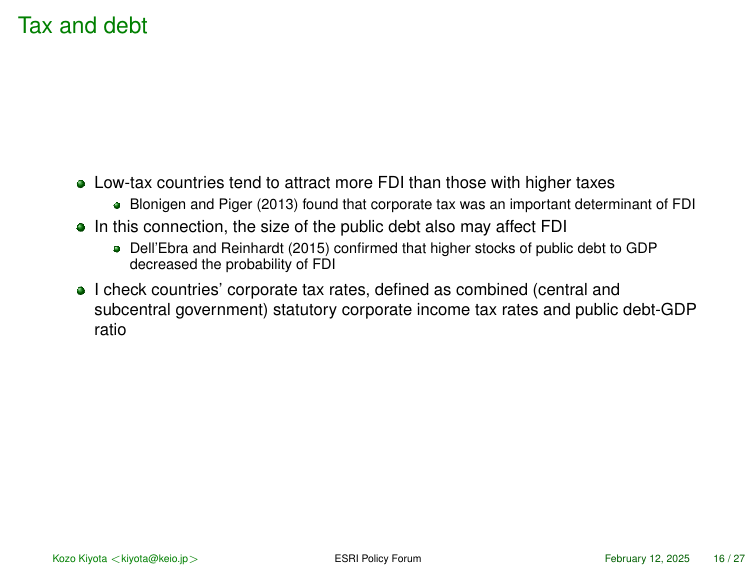
Tax and debt

• Low-tax countries tend to attract more FDI than those with higher taxes
  • Blonigen and Piger (2013) found that corporate tax was an important determinant of FDI

• In this connection, the size of the public debt also may affect FDI
  • Dell’Ebra and Reinhart (2015) confirmed that higher stocks of public debt to GDP decreased the probability of FDI

• I check countries’ corporate tax rates, defined as combined (central and subcentral government) statutory corporate income tax rates and public debt-GDP ratio

Kozo Kiyota <kiyota@keio.jp> ESRI Policy Forum February 12, 2025 16 / 27